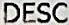
DESC